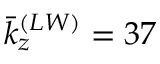
{ \bar { k } } _ { z } ^ { ( L W ) } = 3 7